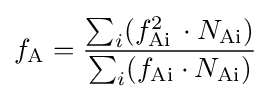
f_{\text{A}}={\frac {\sum _{i}(f_{\text{Ai}}^{2}\,\cdot N_{\text{Ai}})}{\sum _{i}(f_{\text{Ai}}\cdot N_{\text{Ai}})}}